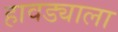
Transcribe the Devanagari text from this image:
हावड्याला